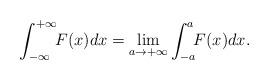
LaTeX: \begin{align*}\int_{-\infty}^{+\infty}\!\! F(x) dx = \underset{a\rightarrow +\infty}{\lim} \int_{-a}^{a}\!\! F(x)dx.\end{align*}